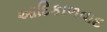
આદિકાળવાદ